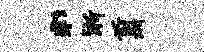
彩淅翦